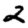
Digit: 2